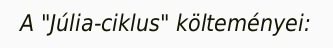
A "Júlia-ciklus" költeményei: